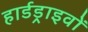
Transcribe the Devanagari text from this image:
हार्डड्राइवों